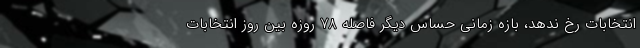
انتخابات رخ ندهد، بازه زمانی حساس دیگر فاصله 78 روزه بین روز انتخابات